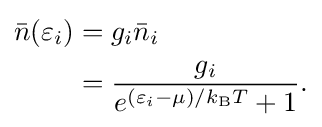
{\begin{aligned}{\bar {n}}(\varepsilon _{i})&=g_{i}{\bar {n}}_{i}\\&={\frac {g_{i}}{e^{(\varepsilon _{i}-\mu )/k_{\text{B}}T}+1}}.\end{aligned}}